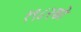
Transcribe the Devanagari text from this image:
१९८२को